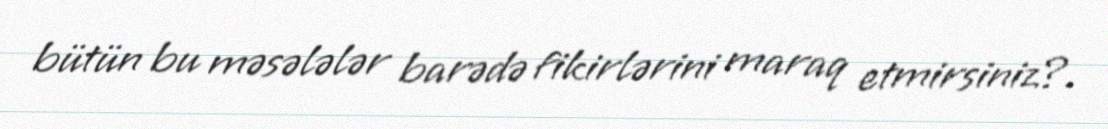
bütün bu məsələlər barədə fikirlərini maraq etmirsiniz?.